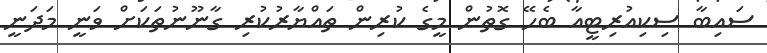
ސައިބާ ސިކިއުރިޓީއާ ބެހޭ ގޮތުން މީގެ ކުރިން ތައްޔާރުކުރި ގާނޫނުތަކަށް ވަނީ މަދަނީ